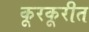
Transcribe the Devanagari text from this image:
कूरकूरीत